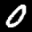
Label: 0